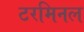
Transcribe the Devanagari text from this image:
टरमिनल